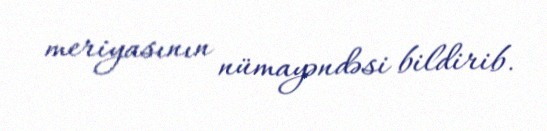
meriyasının nümayəndəsi bildirib.